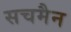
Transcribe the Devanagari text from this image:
सचमैन